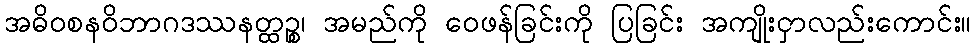
အဓိဝစနဝိဘာဂဒဿနတ္ထဉ္စ၊ အမည်ကို ဝေဖန်ခြင်းကို ပြခြင်း အကျိုးငှာလည်းကောင်း။